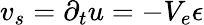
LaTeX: v_{s}=\partial_{t}u=-V_{e}\epsilon